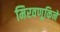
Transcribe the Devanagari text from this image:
मिरवणूकिने